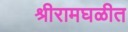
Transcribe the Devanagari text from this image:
श्रीरामघळीत